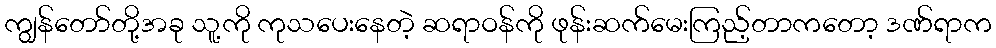
ကျွန်တော်တို့အခု သူ့ကို ကုသပေးနေတဲ့ ဆရာဝန်ကို ဖုန်းဆက်မေးကြည့်တာကတော့ ဒဏ်ရာက